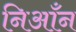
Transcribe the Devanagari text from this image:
निआँन